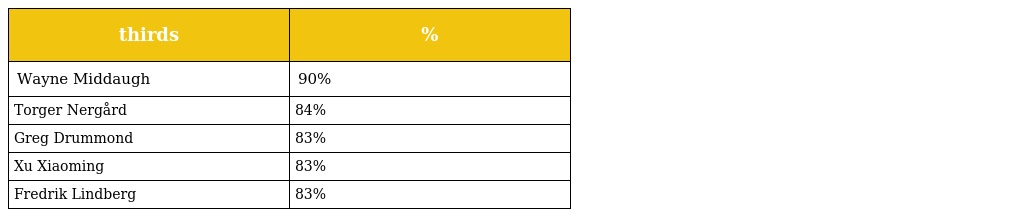
| thirds | % |
 | --- | --- |
 | Wayne Middaugh | 90% |
 | Torger Nergård | 84% |
 | Greg Drummond | 83% |
 | Xu Xiaoming | 83% |
 | Fredrik Lindberg | 83% |